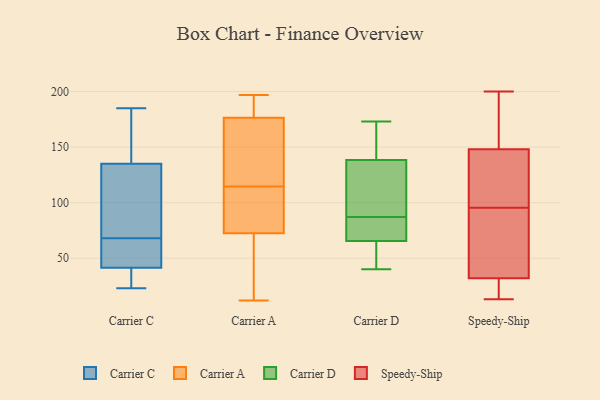
{"axis": {"x": "Latency (ms)", "y": "Value"}, "legend": ["Carrier A", "Carrier C", "Carrier D", "Speedy-Ship"], "data": [{"x": "", "y": 27, "type": "Carrier C"}, {"x": "", "y": 54, "type": "Carrier C"}, {"x": "", "y": 47, "type": "Carrier C"}, {"x": "", "y": 151, "type": "Carrier C"}, {"x": "", "y": 48, "type": "Carrier C"}, {"x": "", "y": 76, "type": "Carrier C"}, {"x": "", "y": 23, "type": "Carrier C"}, {"x": "", "y": 104, "type": "Carrier C"}, {"x": "", "y": 68, "type": "Carrier C"}, {"x": "", "y": 27, "type": "Carrier C"}, {"x": "", "y": 126, "type": "Carrier C"}, {"x": "", "y": 78, "type": "Carrier C"}, {"x": "", "y": 142, "type": "Carrier C"}, {"x": "", "y": 28, "type": "Carrier C"}, {"x": "", "y": 185, "type": "Carrier C"}, {"x": "", "y": 41, "type": "Carrier C"}, {"x": "", "y": 43, "type": "Carrier C"}, {"x": "", "y": 163, "type": "Carrier C"}, {"x": "", "y": 138, "type": "Carrier C"}, {"x": "", "y": 12, "type": "Carrier A"}, {"x": "", "y": 74, "type": "Carrier A"}, {"x": "", "y": 71, "type": "Carrier A"}, {"x": "", "y": 197, "type": "Carrier A"}, {"x": "", "y": 195, "type": "Carrier A"}, {"x": "", "y": 191, "type": "Carrier A"}, {"x": "", "y": 98, "type": "Carrier A"}, {"x": "", "y": 189, "type": "Carrier A"}, {"x": "", "y": 164, "type": "Carrier A"}, {"x": "", "y": 90, "type": "Carrier A"}, {"x": "", "y": 172, "type": "Carrier A"}, {"x": "", "y": 181, "type": "Carrier A"}, {"x": "", "y": 109, "type": "Carrier A"}, {"x": "", "y": 160, "type": "Carrier A"}, {"x": "", "y": 124, "type": "Carrier A"}, {"x": "", "y": 120, "type": "Carrier A"}, {"x": "", "y": 86, "type": "Carrier A"}, {"x": "", "y": 14, "type": "Carrier A"}, {"x": "", "y": 30, "type": "Carrier A"}, {"x": "", "y": 34, "type": "Carrier A"}, {"x": "", "y": 59, "type": "Carrier D"}, {"x": "", "y": 134, "type": "Carrier D"}, {"x": "", "y": 123, "type": "Carrier D"}, {"x": "", "y": 40, "type": "Carrier D"}, {"x": "", "y": 45, "type": "Carrier D"}, {"x": "", "y": 140, "type": "Carrier D"}, {"x": "", "y": 173, "type": "Carrier D"}, {"x": "", "y": 87, "type": "Carrier D"}, {"x": "", "y": 87, "type": "Carrier D"}, {"x": "", "y": 85, "type": "Carrier D"}, {"x": "", "y": 168, "type": "Carrier D"}, {"x": "", "y": 116, "type": "Speedy-Ship"}, {"x": "", "y": 200, "type": "Speedy-Ship"}, {"x": "", "y": 125, "type": "Speedy-Ship"}, {"x": "", "y": 158, "type": "Speedy-Ship"}, {"x": "", "y": 89, "type": "Speedy-Ship"}, {"x": "", "y": 94, "type": "Speedy-Ship"}, {"x": "", "y": 97, "type": "Speedy-Ship"}, {"x": "", "y": 25, "type": "Speedy-Ship"}, {"x": "", "y": 186, "type": "Speedy-Ship"}, {"x": "", "y": 13, "type": "Speedy-Ship"}, {"x": "", "y": 148, "type": "Speedy-Ship"}, {"x": "", "y": 64, "type": "Speedy-Ship"}, {"x": "", "y": 137, "type": "Speedy-Ship"}, {"x": "", "y": 24, "type": "Speedy-Ship"}, {"x": "", "y": 32, "type": "Speedy-Ship"}, {"x": "", "y": 27, "type": "Speedy-Ship"}, {"x": "", "y": 188, "type": "Speedy-Ship"}, {"x": "", "y": 43, "type": "Speedy-Ship"}]}